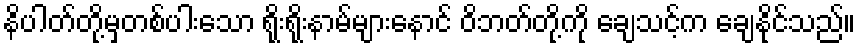
နိပါတ်တို့မှတစ်ပါးသော ရိုးရိုးနာမ်များနောင် ဝိဘတ်တို့ကို ချေသင့်က ချေနိုင်သည်။